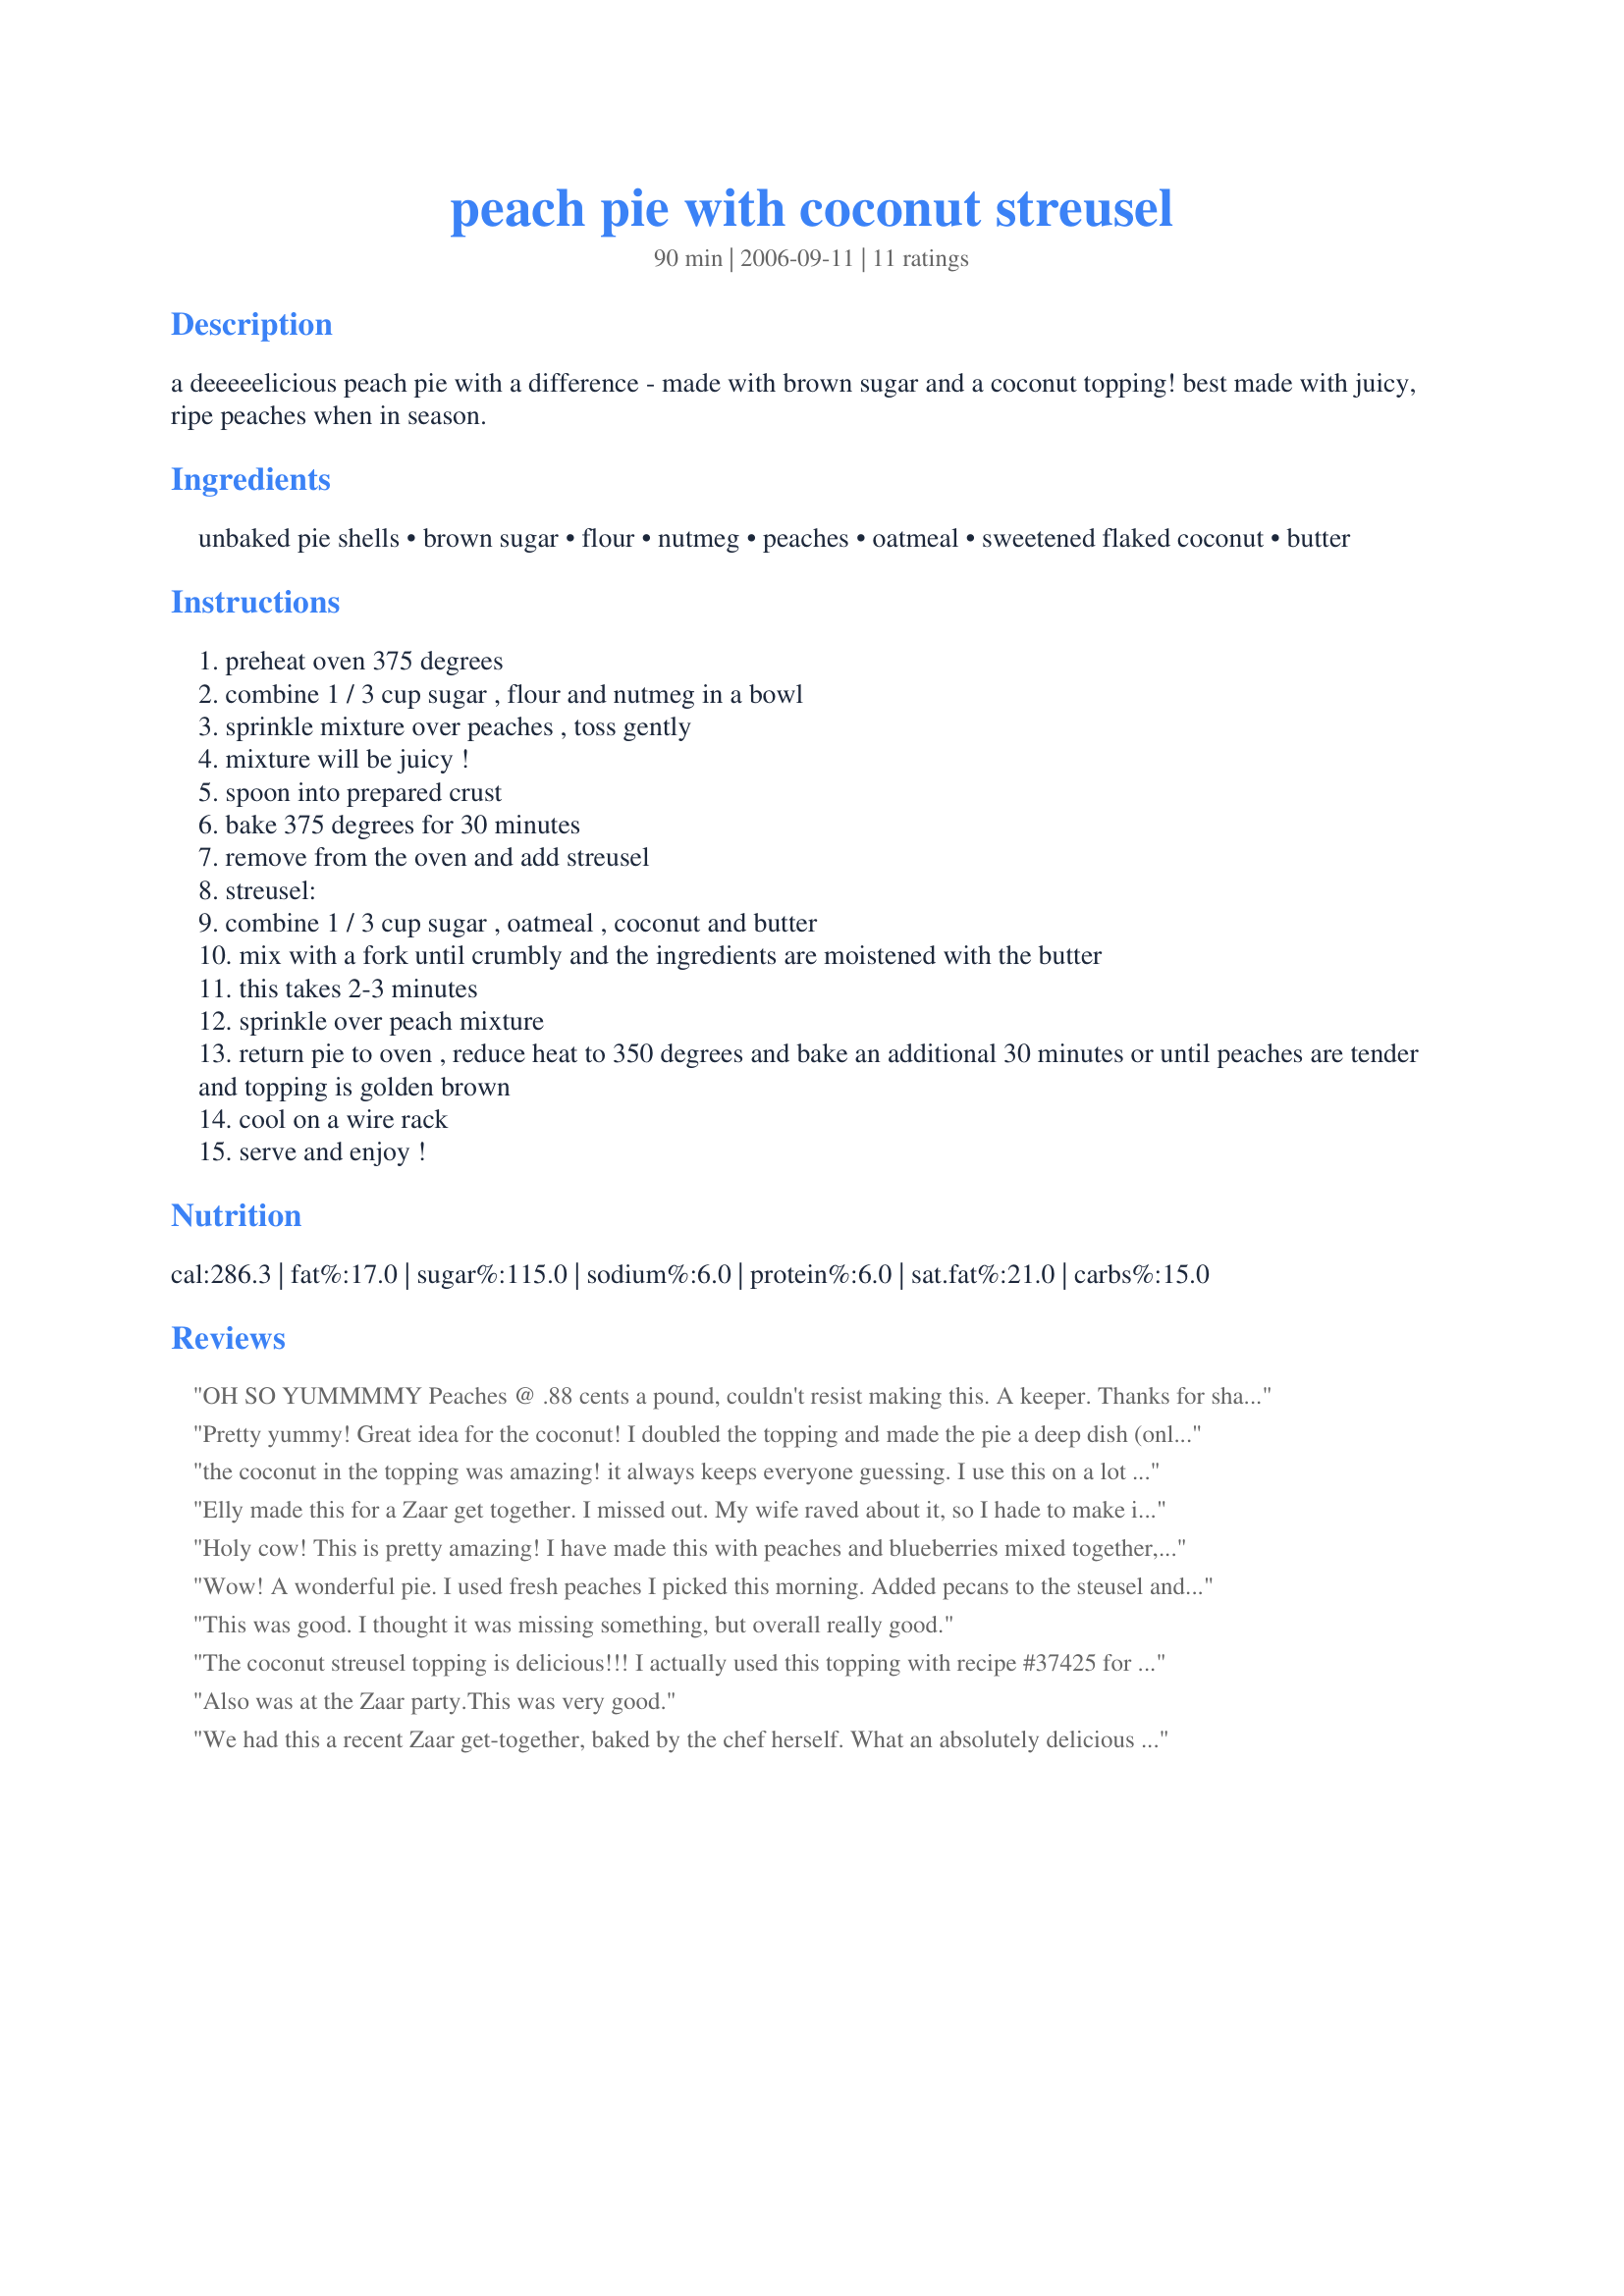
peach pie with coconut streusel
Preparation time: 90 minutes

a deeeeelicious peach pie with a difference - made with brown sugar and a coconut topping! best made with juicy, ripe peaches when in season.

Ingredients:
unbaked pie shells, brown sugar, flour, nutmeg, peaches, oatmeal, sweetened flaked coconut, butter

Steps:
preheat oven 375 degrees
combine 1 / 3 cup sugar , flour and nutmeg in a bowl
sprinkle mixture over peaches , toss gently
mixture will be juicy !
spoon into prepared crust
bake 375 degrees for 30 minutes
remove from the oven and add streusel
streusel:
combine 1 / 3 cup sugar , oatmeal , coconut and butter
mix with a fork until crumbly and the ingredients are moistened with the butter
this takes 2-3 minutes
sprinkle over peach mixture
return pie to oven , reduce heat to 350 degrees and bake an additional 30 minutes or until peaches are tender and topping is golden brown
cool on a wire rack
serve and enjoy !

Reviews:
OH SO YUMMMMY
Peaches @ .88 cents a pound, couldn't resist making this. A keeper. Thanks for sharing.
Pretty yummy! Great idea for the coconut! I doubled the topping and made the pie a deep dish (only pie dish I have). Definitely had to add more flour for the peaches since I had juice dripping down to my elbows, but it worked great! I live in high altitude, so I did cook it for 40 minutes on the second leg--the coconut was going to burn if I went any longer. Awesome recipe!
the coconut in the topping was amazing! it always keeps everyone guessing. I use this on a lot of different pies, but peach is definitely my favorite!
Elly made this for a Zaar get together. I missed out. My wife raved about it, so I hade to make it to see what all the hubbub was about. 
What a wonderful pie. Not to sweet allowing the natural flavor of the peaches to come through. The hardest part was peeling the peaches.
Holy cow! This is pretty amazing! I have made this with peaches and blueberries mixed together, raspberries, and tonight with cranberries and oranges. I have started doubling the topping because it's my favorite part of the dessert! I also tried it as a tart for a thinner version to make it go a little farther with company. :) This is a keeper! Thanks for sharing!
Wow! A wonderful pie. I used fresh peaches I picked this morning. Added pecans to the steusel and it was great. I'm trying to lose weight, so was going to limit myself to one piece, but with this one just had to splurge and have another. I highly recommend this recipe.
This was good. I thought it was missing something, but overall really good.
The coconut streusel topping is delicious!!! I actually used this topping with recipe #37425 for the filling. What a delectable combination. Served with whipped cream. Crusts were from scratch, using the recipe that accompanies my Cuisinart.

Thank you--I will definitely make this again.
Also was at the Zaar party.This was very good.
We had this a recent Zaar get-together, baked by the chef herself. What an absolutely delicious pie! I can still taste its lusciousness in my mind! I like that it isn't really sweet as I usually cut the sugar in my baked goods in half. It would be awesome topped with whipped cream or a really good vanilla ice cream (or frozen yogurt for me.) Edited on November 6, 2010 - I finally got around to making this pie myself and it is as delicious as Elly's! I found that I didn't have quite enough peaches so added frozen mango to make up the difference and it was quite delightful.
I too used this topping for Fresh Peach Brown Sugar Pie...I only had one pie crust and was too lazy to make another one so I picked this topping to go on top....Glad I did ...
